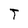
Character: T